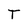
Character: T